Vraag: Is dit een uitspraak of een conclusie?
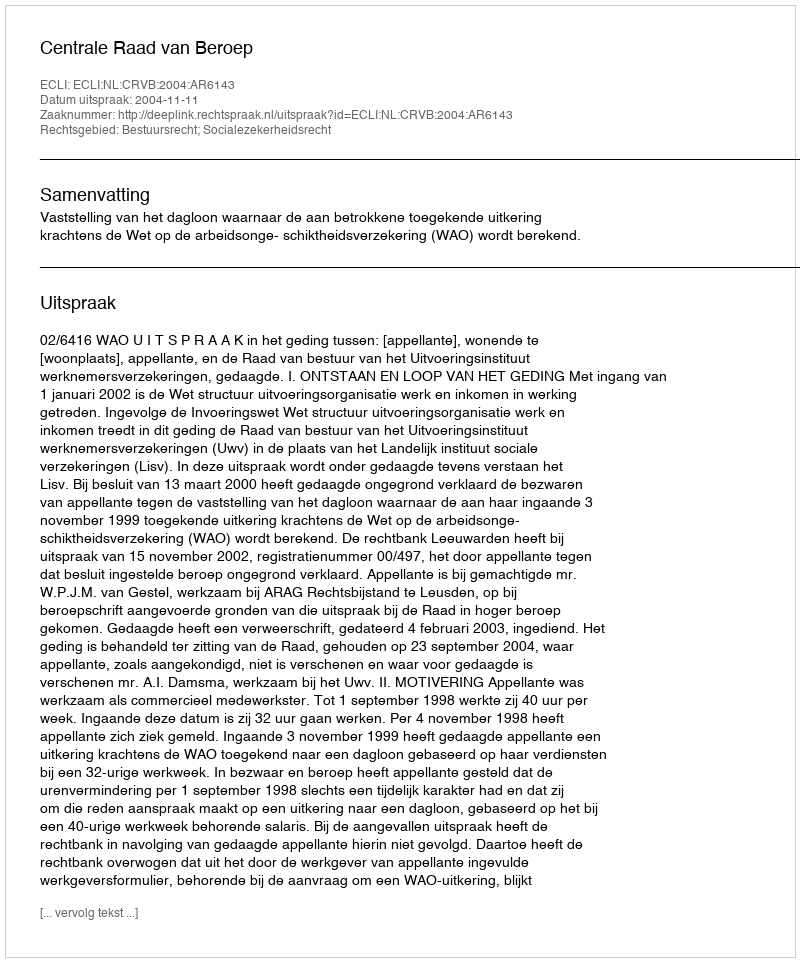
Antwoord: Uitspraak